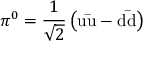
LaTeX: \pi ^ { 0 } = { \frac { 1 } { \sqrt { 2 } } } \left( \mathrm { u { \bar { u } } - d { \bar { d } } } \right)